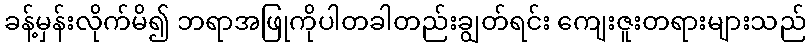
ခန့်မှန်းလိုက်မိ၍ ဘရာအဖြုကိုပါတခါတည်းချွတ်ရင်း ကျေးဇူးတရားများသည်